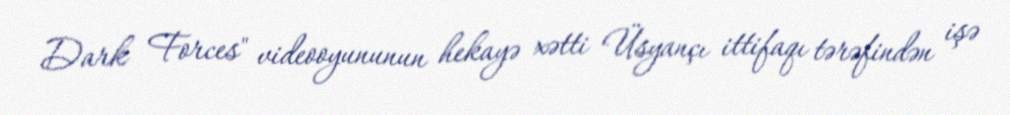
Dark Forces" videooyununun hekayə xətti Üsyançı ittifaqı tərəfindən işə